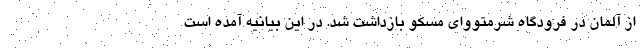
از آلمان در فرودگاه شرمتووای مسکو بازداشت شد. در این بیانیه آمده است